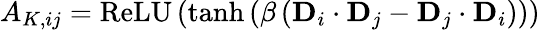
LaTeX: {A}_{K,ij}=\operatorname{ReLU}\left(\operatorname{tanh}\left(\beta\left(\mathbf{D}_{i}\cdot\mathbf{D}_{j}-\mathbf{D}_{j}\cdot\mathbf{D}_{i}\right)\right)\right)